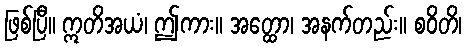
ဖြစ်ပြီ။ ဣတိအယံ၊ ဤကား။ အတ္ထော၊ အနက်တည်း။ စဝိတိ၊